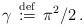
LaTeX: \begin{align*}\gamma\, \stackrel{\mathrm{def}}{:=}\, \pi^2/2\, .\end{align*}